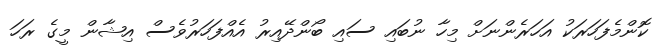
ކޮންމެފަހަރަކު އަހަރެންނަށް މިހާ ނުބައި ސައި ބޯންދޭއިރު އެއްފަހަރުވެސް އިޝާން މީގެ ރަހަ